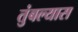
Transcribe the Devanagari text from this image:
तुंबल्यास